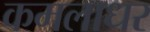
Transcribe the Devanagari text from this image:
कमलाधर